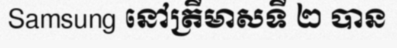
Samsung នៅត្រីមាសទី ២ បាន